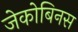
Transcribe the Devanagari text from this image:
जेकोबिनस